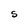
Character: S